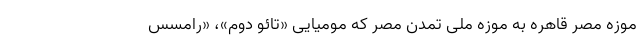
موزه مصر قاهره به موزه ملی تمدن مصر که مومیایی «تائو دوم»، «رامسس